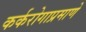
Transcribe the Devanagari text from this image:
कर्करोगाप्रमाणे